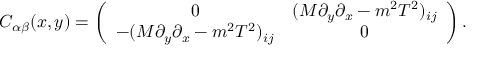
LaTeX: C _ { \alpha \beta } ( x , y ) = \left( \begin{array} { c c } { { 0 } } & { { ( M \partial _ { y } \partial _ { x } - m ^ { 2 } T ^ { 2 } ) _ { i j } } } \\ { { - ( M \partial _ { y } \partial _ { x } - m ^ { 2 } T ^ { 2 } ) _ { i j } } } & { { 0 } } \end{array} \right) .